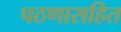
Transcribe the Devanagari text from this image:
पठणासहित